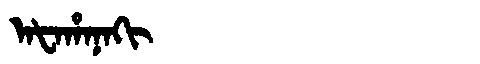
Manchu: ᠠᡶᠠᡥᠠᠨᠠᡴᡳ
Romanization: AFAHANAKI